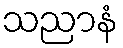
သညာနံ